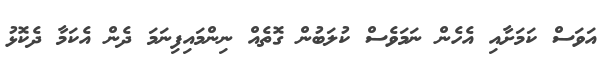
އަވަސް ކަމަށާއި އެހެން ނަމަވެސް ކުލަބުން ގޮތެއް ނިންމައިފިނަމަ ދެން އެކަމާ ދެކޮޅު